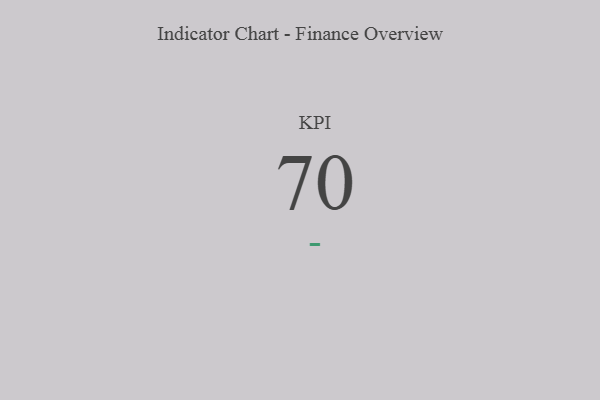
{"axis": {"x": "KPI", "y": "Value"}, "legend": [""], "data": [{"x": "KPI", "y": 70, "type": ""}]}